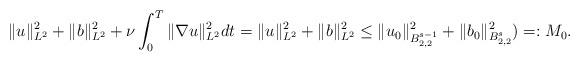
LaTeX: \begin{align*}&\|u\|^2_{L^2}+\|b\|^2_{L^2}+\nu\int_0^T\|\nabla u\|_{L^2}^2dt=\|u\|^2_{L^2}+\|b\|^2_{L^2}\leq\|u_0\|^2_{B^{s-1}_{2,2}}+\|b_0\|^2_{B^s_{2,2}})=:M_0.\end{align*}